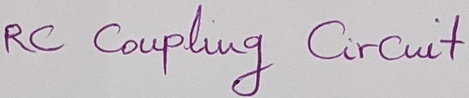
Text: RC Coupling Circuit